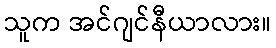
သူက အင်ဂျင်နီယာလား။